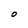
Character: O